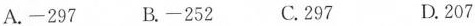
A.-297 B.-252 C.297 D.207